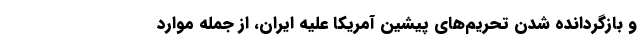
و بازگردانده شدن تحریم‌های پیشین آمریکا علیه ایران، از جمله موارد